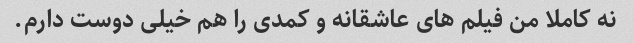
نه کاملا من فیلم های عاشقانه و کمدی را هم خیلی دوست دارم.